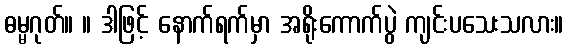
ဓမ္မဂုတ်။ ။ ဒါဖြင့် နောက်ရက်မှာ အရိုးကောက်ပွဲ ကျင်းပသေးသလား။